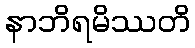
နာဘိရမိဿတိ